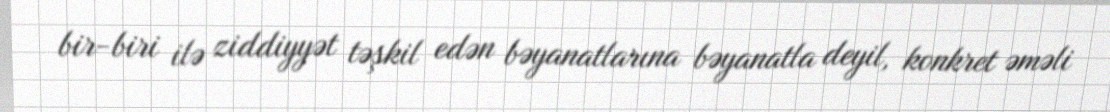
bir-biri ilə ziddiyyət təşkil edən bəyanatlarına bəyanatla deyil, konkret əməli